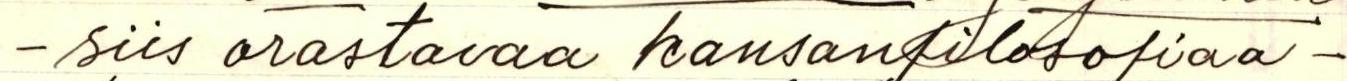
- siis orastavaa kansanfilosofiaa-